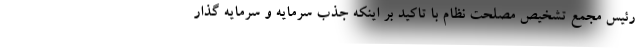
رئیس مجمع تشخیص مصلحت نظام با تاکید بر اینکه جذب سرمایه و سرمایه گذار